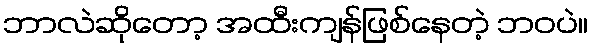
ဘာလဲဆိုတော့ အထီးကျန်ဖြစ်နေတဲ့ ဘဝပဲ။